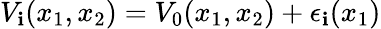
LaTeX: V_{\mathbf{i}}(x_{1},x_{2})=V_{0}(x_{1},x_{2})+\epsilon_{\mathbf{i}}(x_{1})